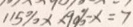
1 1 5 \% x \times 9 0 \% - x = 7